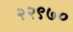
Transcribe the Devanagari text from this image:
२२९७०